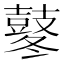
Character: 鼕